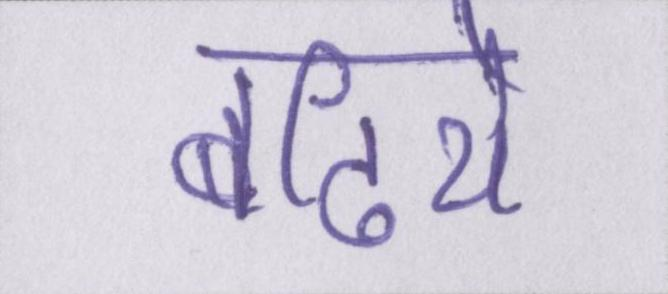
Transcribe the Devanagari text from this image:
बढिये